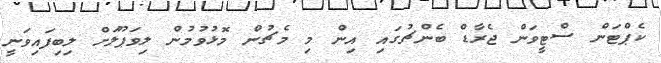
ކެޕްޓަން ސްޓީވަން ޖެރާޑް ބެންޗުގައި އިން މި މެޗުން މޮޅުވުމުން ލިވަޕޫލަށް ލިބިފައިވަނީ